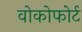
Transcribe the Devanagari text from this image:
वोकोफोर्ट